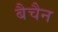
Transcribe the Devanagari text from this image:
बैचैन